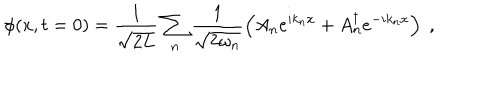
\phi ( x , t = 0 ) = \frac { 1 } { \sqrt { 2 L } } \sum _ { n } \frac { 1 } { \sqrt { 2 \omega _ { n } } } \left( A _ { n } e ^ { i k _ { n } x } + A _ { n } ^ { \dagger } e ^ { - i k _ { n } x } \right) \; ,